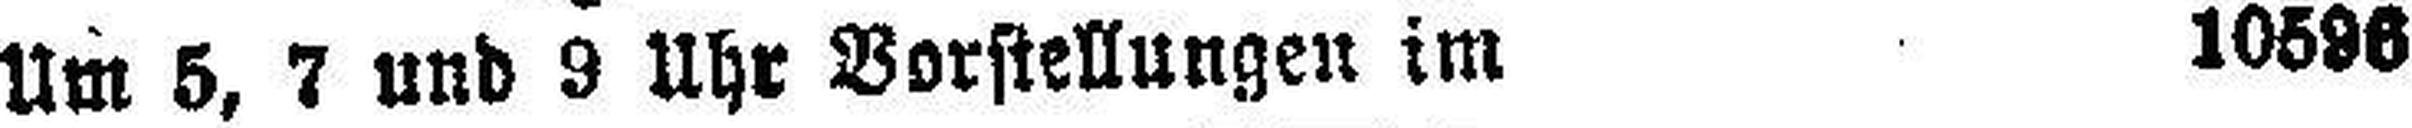
Um 5, 7 und 9 Uhr Vorstellungen im 10596